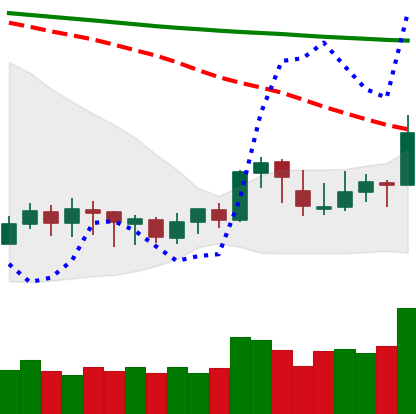
Ticker: XLM-USD
Chart end date: 2020-01-14
Forward return: 15.214%
Label: up_7plus